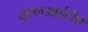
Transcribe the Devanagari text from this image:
यूएलआईटीए